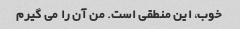
خوب، این منطقی است. من آن را می گیرم